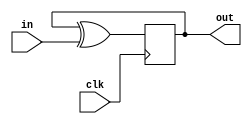
module top_module (
    input clk,
    input in, 
    output reg out);
    always @(posedge clk) begin
    	out <= out ^ in;
    end
endmodule